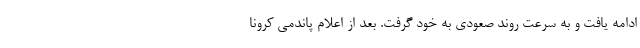
ادامه یافت و به سرعت روند صعودی به خود گرفت. بعد از اعلام پاندمی کرونا